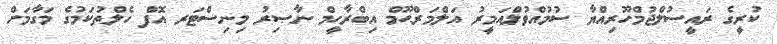
ކުރީގެ ރައީސުލްޖުމްހޫރިއްޔާ ސުމުއްވުލްއަމީރު އަލްމަރްޙޫމް އިބްރާހީމް ނާޞިރު މިނިސްޓަރ އޮފް ހެލްތުކަމުގެ މަގާމަށް